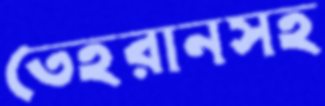
তেহরানসহ